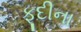
ફૂદીના